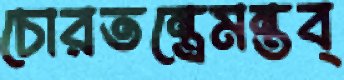
চোরতন্ত্রেমন্তব্